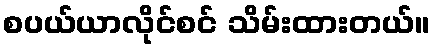
စပယ်ယာလိုင်စင် သိမ်းထားတယ်။